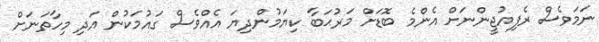
ނަމަވެސް ރެފިއުޖީންނަށް އެންމެ ބޮޑަށް މަރުޙަބާ ކިޔަމުންދިޔަ އެއްވެސް ގައުމަކުން އަދި މިހާތަނަށް